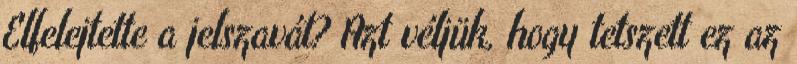
Elfelejtette a jelszavát? Azt véljük, hogy tetszett ez az